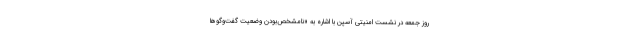
روز جمعه در نشست امنیتی آسپن با اشاره به «نامشخص‌بودن وضعیت گفت‌وگوها